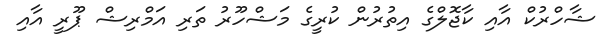
ޝާހްރުކް އާއި ކާޖޮލްގެ އިތުރުން ކުރީގެ މަޝްހޫރު ތަރި އަމްރިޝް ޕޫރީ އާއި